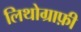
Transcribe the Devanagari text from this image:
लिथोग्राफ़ी